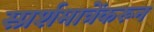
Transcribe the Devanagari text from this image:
स्प्रर्शमात्रेंकरून